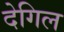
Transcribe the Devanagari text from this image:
देगिल